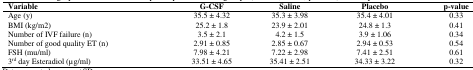
| Variable | G-CSF | Saline | Placebo | p-value |
 | --- | --- | --- | --- | --- |
 | Age (y) | 35.5 ± 4.32 | 35.3 ± 3.98 | 35.4 ± 4.01 | 0.33 |
 | BMI (kg/m2) | 25.2 ± 1.8 | 23.9 ± 2.01 | 24.8 ± 1.3 | 0.41 |
 | Number of IVF failure (n) | 3.5 ± 2.1 | 4.2 ± 1.5 | 3.9 ± 1.06 | 0.34 |
 | Number of good quality ET (n) | 2.91 ± 0.85 | 2.85 ± 0.67 | 2.94 ± 0.53 | 0.54 |
 | FSH (mu/ml) | 7.98 ± 4.21 | 7.22 ± 2.98 | 7.41 ± 2.51 | 0.61 |
 | 3rd day Esteradiol (μg/ml) | 33.51 ± 4.65 | 35.41 ± 2.51 | 34.33 ± 3.22 | 0.32 |